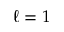
\ell = 1